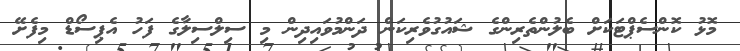
މޮޅު ކޮންސެޕްޓަކަށް ބެލުންތެރިންގެ ޝައުގުވެރިކަން ދަންމުވައިދިން މި ސިލްސިލާގެ ފަހު އެޕިސޯޑް މިފެށޭ